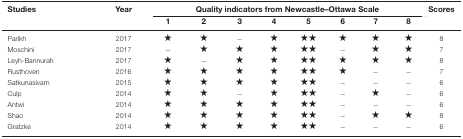
<table><thead><tr><td><b>Studies</b></td><td><b>Year</b></td><td colspan="8"><b>Quality indicators from Newcastle–Ottawa Scale</b></td><td><b>Scores</b></td></tr><tr><td></td><td></td><td><b>1</b></td><td><b>2</b></td><td><b>3</b></td><td><b>4</b></td><td><b>5</b></td><td><b>6</b></td><td><b>7</b></td><td><b>8</b></td><td></td></tr></thead><tbody><tr><td>Parikh</td><td>2017</td><td>★</td><td>★</td><td>−</td><td>★</td><td>★★</td><td>★</td><td>★</td><td>★</td><td>8</td></tr><tr><td>Moschini</td><td>2017</td><td>−</td><td>★</td><td>★</td><td>★</td><td>★★</td><td>−</td><td>★</td><td>★</td><td>7</td></tr><tr><td>Leyh-Bannurah</td><td>2017</td><td>★</td><td>−</td><td>★</td><td>★</td><td>★★</td><td>★</td><td>★</td><td>★</td><td>8</td></tr><tr><td>Rusthoven</td><td>2016</td><td>★</td><td>★</td><td>★</td><td>★</td><td>★★</td><td>★</td><td>−</td><td>−</td><td>7</td></tr><tr><td>Satkunasivam</td><td>2015</td><td>★</td><td>★</td><td>★</td><td>★</td><td>★★</td><td>−</td><td>−</td><td>−</td><td>6</td></tr><tr><td>Culp</td><td>2014</td><td>★</td><td>★</td><td>−</td><td>★</td><td>★★</td><td>−</td><td>★</td><td>−</td><td>6</td></tr><tr><td>Antwi</td><td>2014</td><td>★</td><td>★</td><td>★</td><td>★</td><td>★★</td><td>−</td><td>−</td><td>−</td><td>6</td></tr><tr><td>Shao</td><td>2014</td><td>★</td><td>★</td><td>★</td><td>★</td><td>★★</td><td>−</td><td>★</td><td>★</td><td>8</td></tr><tr><td>Gratzke</td><td>2014</td><td>★</td><td>★</td><td>★</td><td>★</td><td>★★</td><td>−</td><td>−</td><td>−</td><td>6</td></tr></tbody></table>